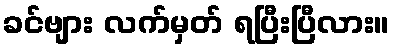
ခင်ဗျား လက်မှတ် ရပြီးပြီလား။